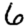
Digit: 6